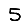
Digit: 5